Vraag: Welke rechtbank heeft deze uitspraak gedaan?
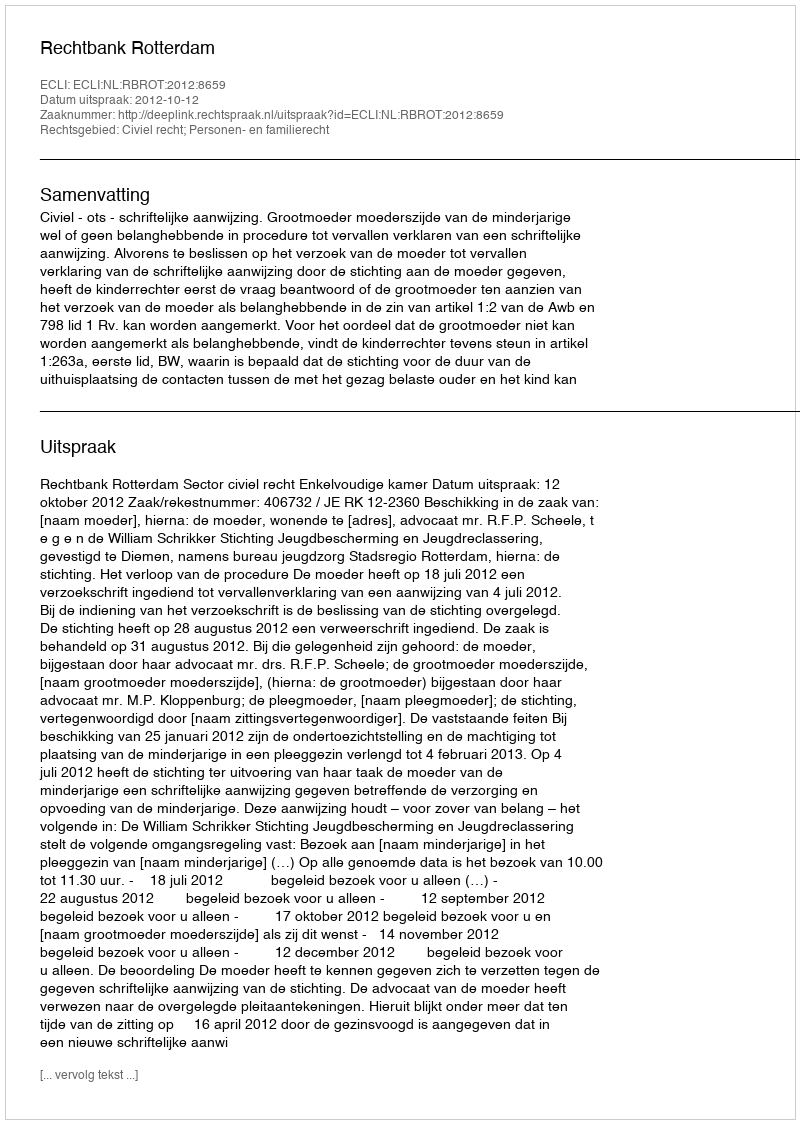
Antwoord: Rechtbank Rotterdam